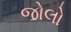
જોલો